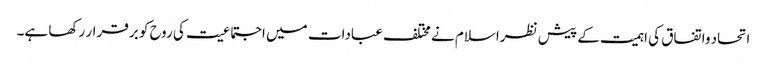
اتحاد واتفاق کی اہمیت کے پیش نظراسلام نے مختلف عبادات میں اجتماعیت کی روح کو بر قرار رکھا ہے۔